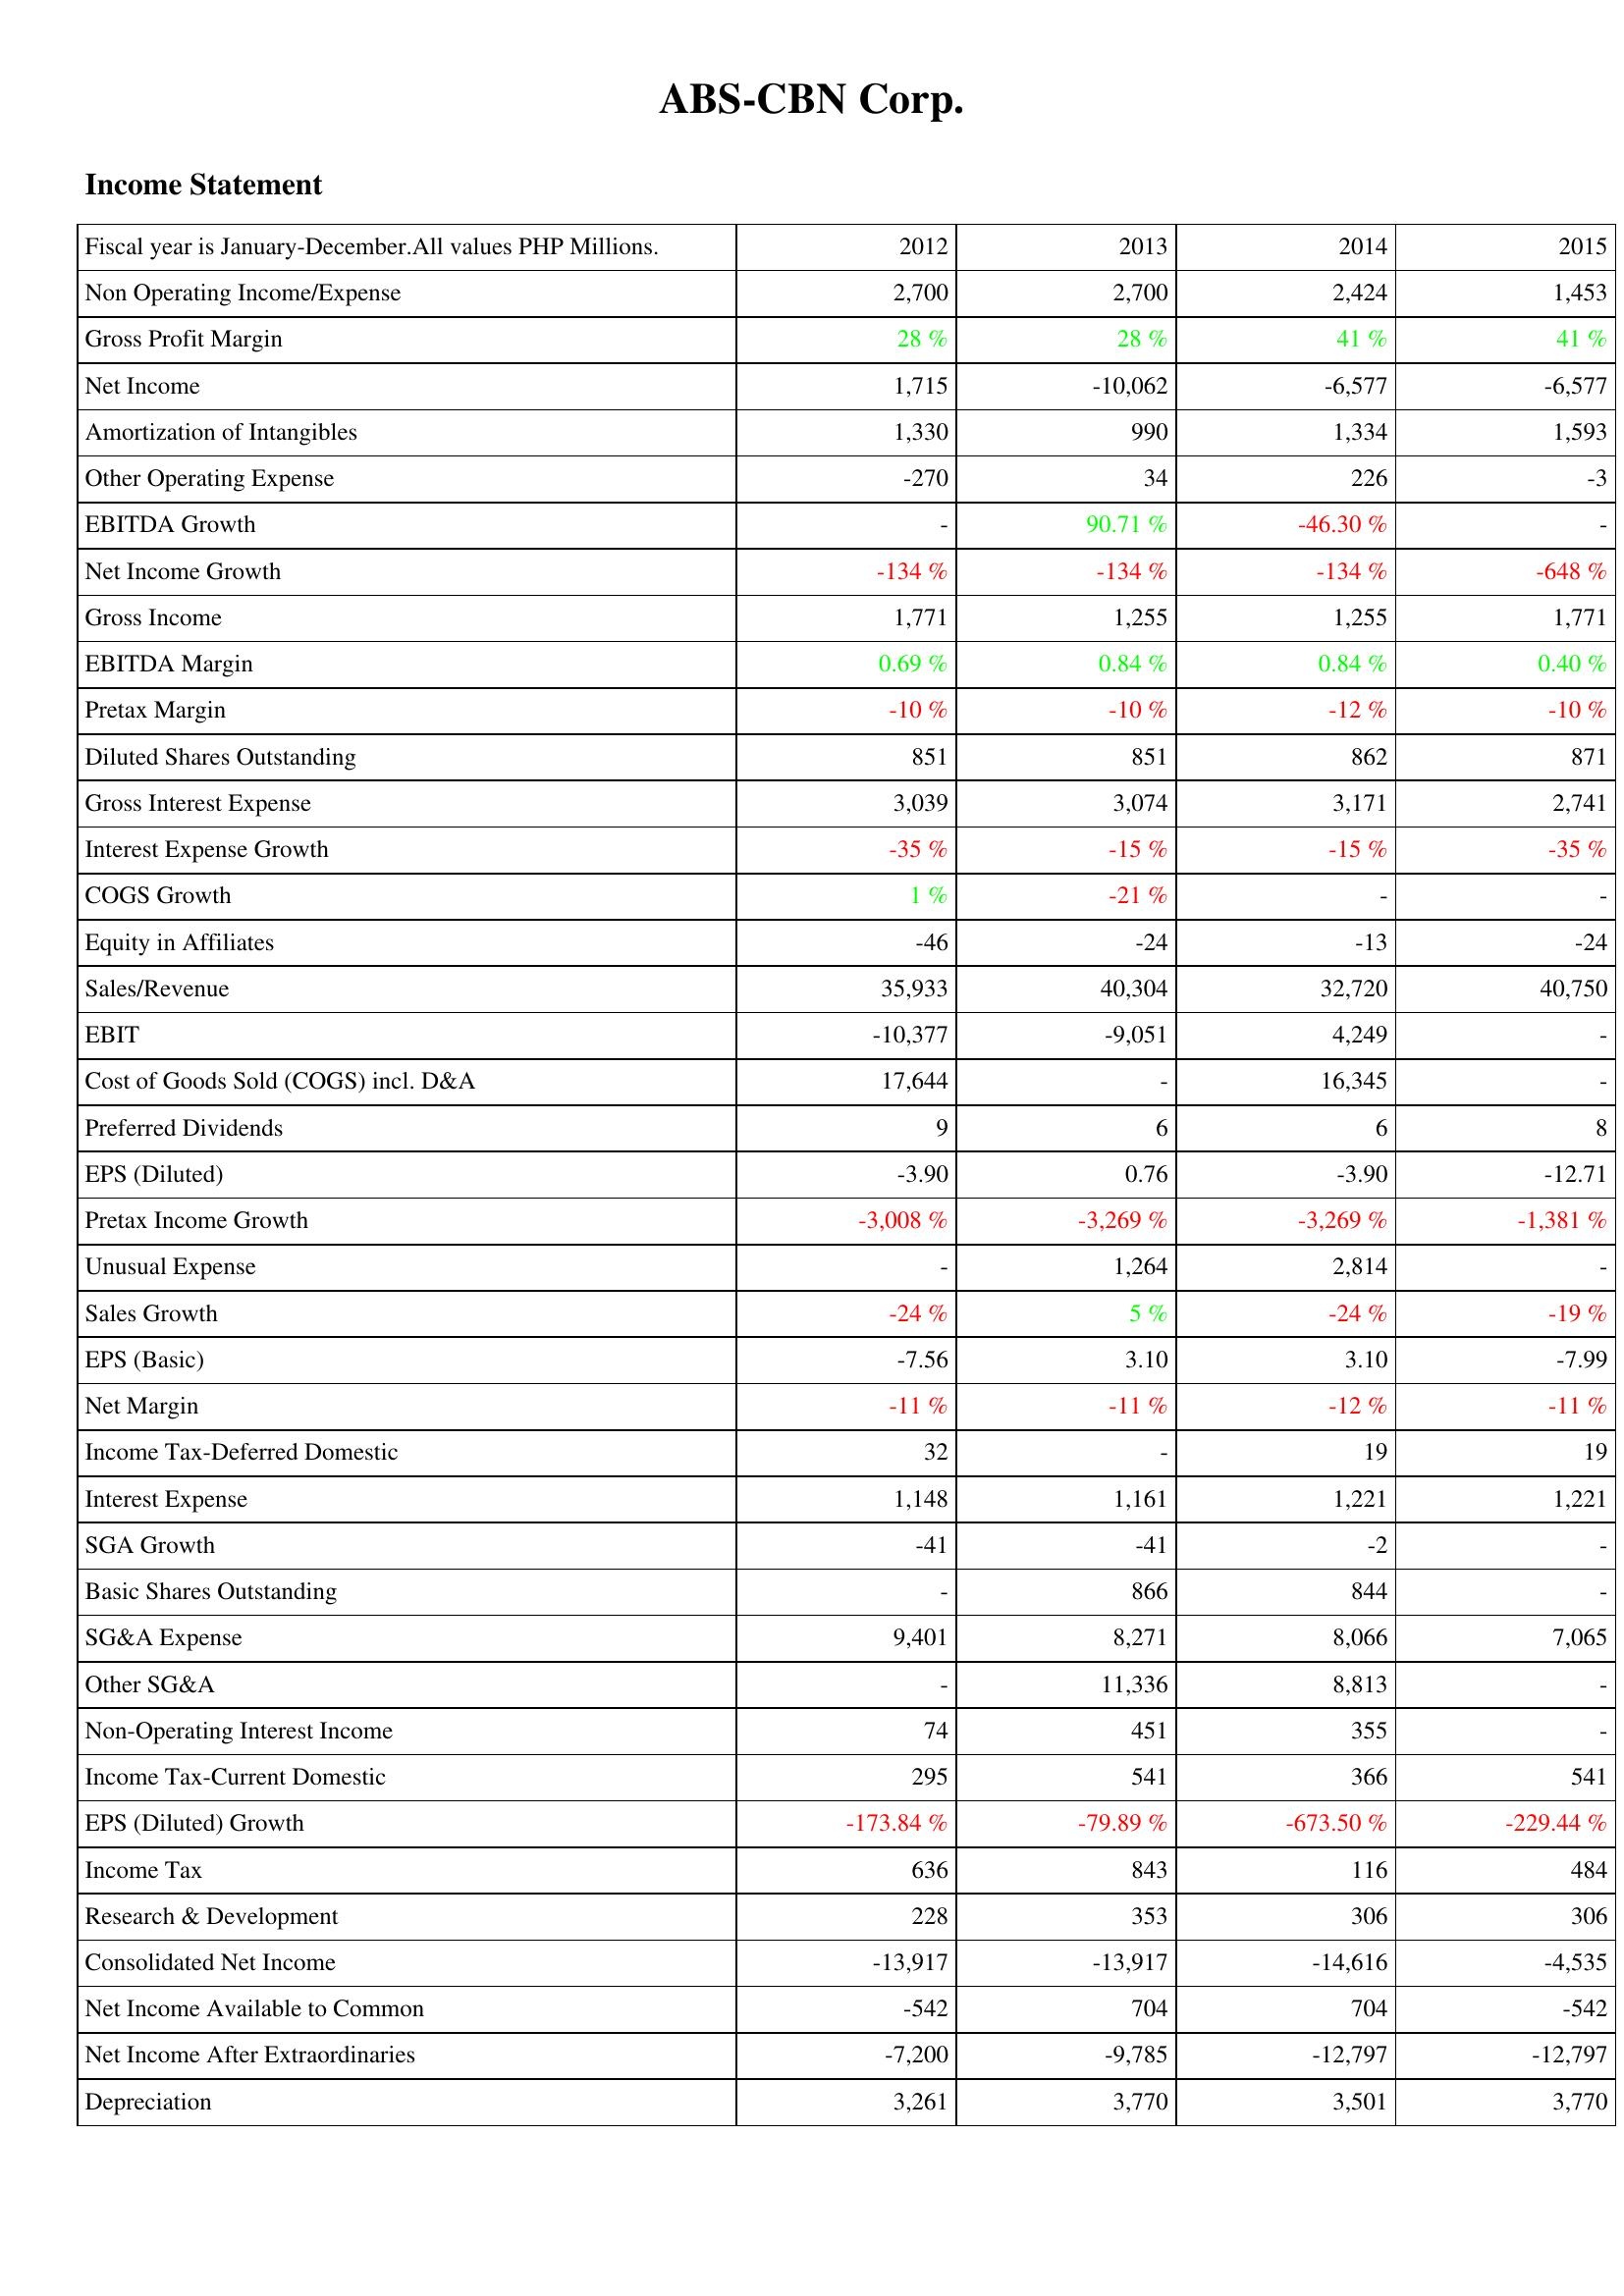
2012: Income Statement: Non Operating Income/Expense: 2,700
Gross Profit Margin: 28 %
Net Income: 1,715
Amortization of Intangibles: 1,330
Other Operating Expense: -270
EBITDA Growth: -
Net Income Growth: -134 %
Gross Income: 1,771
EBITDA Margin: 0.69 %
Pretax Margin: -10 %
Diluted Shares Outstanding: 851
Gross Interest Expense: 3,039
Interest Expense Growth: -35 %
COGS Growth: 1 %
Equity in Affiliates: -46
Sales/Revenue: 35,933
EBIT: -10,377
Cost of Goods Sold (COGS) incl. D&A: 17,644
Preferred Dividends: 9
EPS (Diluted): -3.90
Pretax Income Growth: -3,008 %
Unusual Expense: -
Sales Growth: -24 %
EPS (Basic): -7.56
Net Margin: -11 %
Income Tax-Deferred Domestic: 32
Interest Expense: 1,148
SGA Growth: -41
Basic Shares Outstanding: -
SG&A Expense: 9,401
Other SG&A: -
Non-Operating Interest Income: 74
Income Tax-Current Domestic: 295
EPS (Diluted) Growth: -173.84 %
Income Tax: 636
Research & Development: 228
Consolidated Net Income: -13,917
Net Income Available to Common: -542
Net Income After Extraordinaries: -7,200
Depreciation: 3,261
2013: Income Statement: Non Operating Income/Expense: 2,700
Gross Profit Margin: 28 %
Net Income: -10,062
Amortization of Intangibles: 990
Other Operating Expense: 34
EBITDA Growth: 90.71 %
Net Income Growth: -134 %
Gross Income: 1,255
EBITDA Margin: 0.84 %
Pretax Margin: -10 %
Diluted Shares Outstanding: 851
Gross Interest Expense: 3,074
Interest Expense Growth: -15 %
COGS Growth: -21 %
Equity in Affiliates: -24
Sales/Revenue: 40,304
EBIT: -9,051
Cost of Goods Sold (COGS) incl. D&A: -
Preferred Dividends: 6
EPS (Diluted): 0.76
Pretax Income Growth: -3,269 %
Unusual Expense: 1,264
Sales Growth: 5 %
EPS (Basic): 3.10
Net Margin: -11 %
Income Tax-Deferred Domestic: -
Interest Expense: 1,161
SGA Growth: -41
Basic Shares Outstanding: 866
SG&A Expense: 8,271
Other SG&A: 11,336
Non-Operating Interest Income: 451
Income Tax-Current Domestic: 541
EPS (Diluted) Growth: -79.89 %
Income Tax: 843
Research & Development: 353
Consolidated Net Income: -13,917
Net Income Available to Common: 704
Net Income After Extraordinaries: -9,785
Depreciation: 3,770
2014: Income Statement: Non Operating Income/Expense: 2,424
Gross Profit Margin: 41 %
Net Income: -6,577
Amortization of Intangibles: 1,334
Other Operating Expense: 226
EBITDA Growth: -46.30 %
Net Income Growth: -134 %
Gross Income: 1,255
EBITDA Margin: 0.84 %
Pretax Margin: -12 %
Diluted Shares Outstanding: 862
Gross Interest Expense: 3,171
Interest Expense Growth: -15 %
COGS Growth: -
Equity in Affiliates: -13
Sales/Revenue: 32,720
EBIT: 4,249
Cost of Goods Sold (COGS) incl. D&A: 16,345
Preferred Dividends: 6
EPS (Diluted): -3.90
Pretax Income Growth: -3,269 %
Unusual Expense: 2,814
Sales Growth: -24 %
EPS (Basic): 3.10
Net Margin: -12 %
Income Tax-Deferred Domestic: 19
Interest Expense: 1,221
SGA Growth: -2
Basic Shares Outstanding: 844
SG&A Expense: 8,066
Other SG&A: 8,813
Non-Operating Interest Income: 355
Income Tax-Current Domestic: 366
EPS (Diluted) Growth: -673.50 %
Income Tax: 116
Research & Development: 306
Consolidated Net Income: -14,616
Net Income Available to Common: 704
Net Income After Extraordinaries: -12,797
Depreciation: 3,501
2015: Income Statement: Non Operating Income/Expense: 1,453
Gross Profit Margin: 41 %
Net Income: -6,577
Amortization of Intangibles: 1,593
Other Operating Expense: -3
EBITDA Growth: -
Net Income Growth: -648 %
Gross Income: 1,771
EBITDA Margin: 0.40 %
Pretax Margin: -10 %
Diluted Shares Outstanding: 871
Gross Interest Expense: 2,741
Interest Expense Growth: -35 %
COGS Growth: -
Equity in Affiliates: -24
Sales/Revenue: 40,750
EBIT: -
Cost of Goods Sold (COGS) incl. D&A: -
Preferred Dividends: 8
EPS (Diluted): -12.71
Pretax Income Growth: -1,381 %
Unusual Expense: -
Sales Growth: -19 %
EPS (Basic): -7.99
Net Margin: -11 %
Income Tax-Deferred Domestic: 19
Interest Expense: 1,221
SGA Growth: -
Basic Shares Outstanding: -
SG&A Expense: 7,065
Other SG&A: -
Non-Operating Interest Income: -
Income Tax-Current Domestic: 541
EPS (Diluted) Growth: -229.44 %
Income Tax: 484
Research & Development: 306
Consolidated Net Income: -4,535
Net Income Available to Common: -542
Net Income After Extraordinaries: -12,797
Depreciation: 3,770